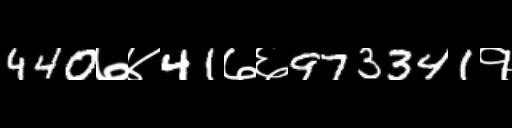
Text: 440७४41७६973341१